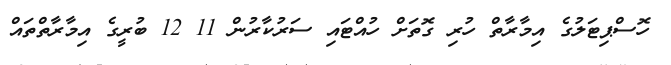
ހޮސްޕިޓަލުގެ އިމާރާތް ހުރި ގޮތަށް ހުއްޓައި ސަރުކާރުން 11 12 ބުރީގެ އިމާރާތްތައް